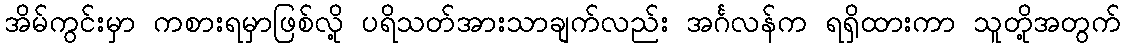
အိမ်ကွင်းမှာ ကစားရမှာဖြစ်လို့ ပရိသတ်အားသာချက်လည်း အင်္ဂလန်က ရရှိထားကာ သူတို့အတွက်